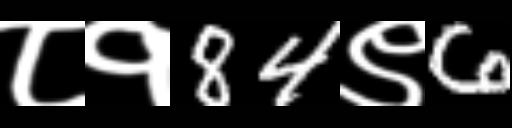
Text: ८१84९6